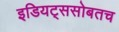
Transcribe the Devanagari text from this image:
इडियट्ससोबतच